Insane asylums in Bengal annual reports 1876-1887 - 1876-1887
Year: 1876
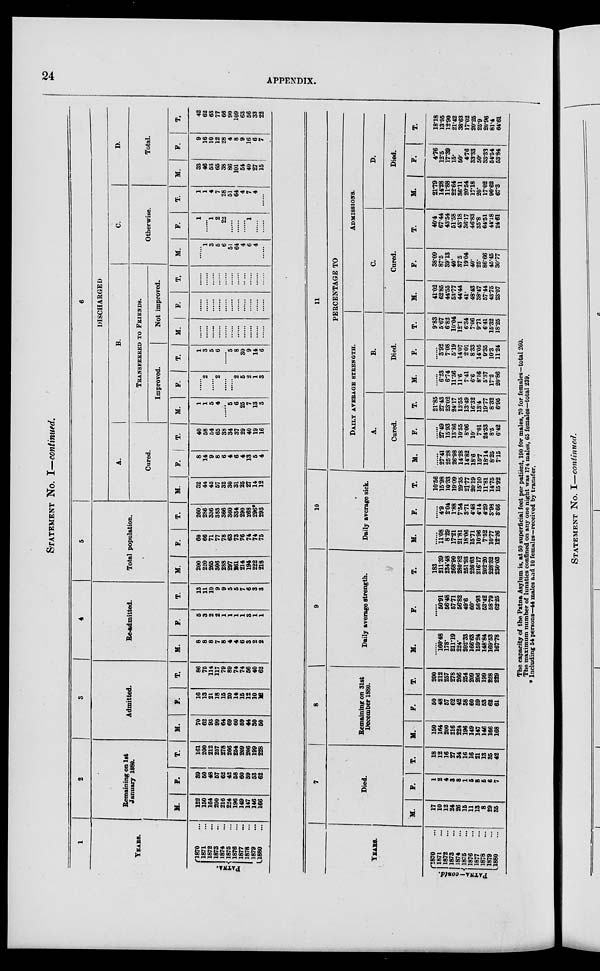
24
APPENDIX.
STATEMENT No. I—continued.
1
YEARS.
PATNA.
1870 ...
1871 ...
1872 ...
1873 ...
1874 ...
1875 ...
1876 ...
1877 ...
1878 ...
1879 ...
1880 ...
2
Remaining on 1st
January 1880.
M.
122
150
164
200
216
224
196
149
147
146
166
F.
39
60
48
57
62
42
58
60
59
53
62
T.
161
200
212
257
278
266
254
209
206
199
228
3
Admitted.
M.
70
62
93
99
64
69
60
59
44
30
50
F.
16
13
21
18
15
20
14
15
12
10
12
T.
86
75
114
117
79
89
74
74
56
40
62
4
Re-admitted.
M.
8
8
8
7
8
4
4
6
3
2
2
F.
5
3
2
2
1
1
1
1
3
1
1
T.
13
11
10
9
9
5
5
7
6
3
3
5
Total population.
M.
200
220
265
306
288
297
261
214
194
222
218
F.
60
66
71
77
78
63
73
76
74
74
75
T.
260
286
336
383
366
360
334
290
268
296*
293
6
DISCHARGED
A.
Cured.
M.
32
44
45
57
32
30
31
25
27
14
12
F.
8
14
9
8
6
4
6
4
13
5
4
T.
40
58
54
65
38
34
37
29
40
19
16
B.
TRANSFERRED TO FRIENDS.
Improved.
M.
1
1
5
4
5
6
25
7
13
3
F.
2
2
2
5
2
1
3
T.
1
3
5
6
5
8
30
9
14
6
Not improved.
M.
F.
T.
.. ...
C.
Otherwise.
M.
1
3
5
6
51
64
4
6
4
F.
1
1
2
22
1
T.
1
1
4
7
28
51
64
4
7
4
D.
Total.
M.
33
46
53
65
38
86
101
54
40
27
15
F.
9
16
10
12
28
4
8
9
16
6
7
T.
42
62
63
77
66
90
109
63
56
33
22
YEARS.
PATNA-contd.
1870 ...
1871 ...
1872 ...
1873 ...
1874 ...
1875 ...
1876 ...
1877 ...
1878 ...
1879 ...
1880 ...
7
Died.
M.
17
10
12
24
26
15
11
13
8
29
35
F.
1
2
4
3
8
1
5
8
5
6
7
T.
18
12
16
27
34
16
16
21
13
35
42
8
Remaining on 31st
December 1880.
M.
150
164
200
216
224
196
149
147
146
166
168
F.
50
48
57
62
42
58
60
59
53
62
61
T.
200
212
257
278
266
254
209
206
199
228
229
9
Daily average strength.
M.
160.48
178.
211.19
224.
202.33
166.63
159.24
148.84
169.53
167.78
F.
50.91
56.48
57.71
56.82
49.6
60.
56.93
53.42
58.79
62.25
T.
183
211.39
234.48
268.90
280.82
251.93
226.63
216.17
202.20
228.32
230.03
10
Daily average sick.
M.
11.08
8.29
17.21
21.81
18.06
15.71
10.96
7.52
10.77
12.26
F.
4.9
2.04
1.88
7.54
3.71
4.48
4.14
4.29
3.98
3.66
T.
10.56
15.98
10.33
19.09
29.35
21.77
20.19
15.10
11.81
14.75
15.92
11
PERCENTAGE TO
DAILY AVERAGE STRENGTH.
A.
Cured.
M.
27.41
25.28
26.98
14.28
14.82
18.6
15.7
18.14
8.25
7.15
F.
27.49
15.93
13.86
10.55
8.06
10.
7.01
24.33
8.5
6.42
T.
21.85
27.43
23.02
24.17
13.55
13.49
16.32
13.4
19.77
8.32
6.95
B.
Died.
M.
6.23
6.74
11.36
11.6
7.41
6.6
8.16
5.37
17.2
20.86
F.
3.92
7.08
5.19
14.07
2.01
8.33
14.05
9.35
10.3
11.24
T.
9.83
5.67
6.82
10.04
12.1
6.34
7.06
9.71
6.41
15.32
18.25
ADMISSIONS.
C.
Cured.
M.
41.02
62.85
44.55
53.77
44.44
41.
48.43
38.47
57.44
43.75
23.07
F.
38.09
87.5
39.13
40.
37.5
19.04
40.
25.
86.66
45.45
30.77
T.
40.4
67.44
43.54
51.58
43.18
36.17
46.83
35.8
64.51
44.18
24.61
D.
Died.
M.
21.79
14.28
11.88
22.64
36.11
20.54
17.18
20.
17.02
90.62
67.3
F.
4.76
12.5
17.39
15.
50.
4.76
33.33
50.
33.33
54.54
53.84
T.
18.18
13.95
12.90
21.42
38.63
17.02
20.25
25.9
20.96
81.4
64.61
The capacity of the Patna Asylum is, at 50 superficial feet per patient, 190 for males, 70 for females—total 260.
The maximum number of lunatics confined on any one night was 174 males, 65 females—total 239,
* Including 54 persons—44 males and 10 females—received by transfer.